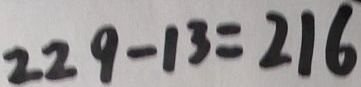
2 2 9 - 1 3 = 2 1 6